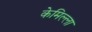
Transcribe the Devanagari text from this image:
केमिल्ला